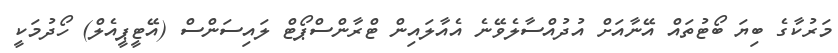
މަރުކާގެ ބިޔަ ބޯޓުތައް އޭނާއަށް އުދުއްސާލެވޭނެ އެއާލައިން ޓްރާންސްޕޯޓް ލައިސަންސް (އޭޓީޕީއެލް) ހޯދުމަކީ